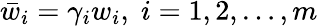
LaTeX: \bar{w}_{i}=\gamma_{i}w_{i},\; i=1,2,\ldots,m